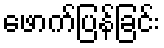
ဖောက်ပြန်ခြင်း